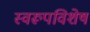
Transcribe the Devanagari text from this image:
स्वरूपविशेष